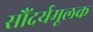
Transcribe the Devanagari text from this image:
सौंदर्यमूलक